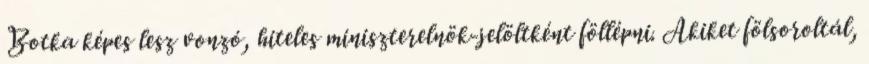
Botka képes lesz vonzó, hiteles miniszterelnök-jelöltként föllépni. Akiket fölsoroltál,